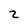
Character: 2